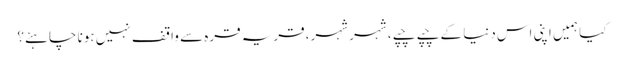
کیا ہمیں اپنی اس دنیا کے چپے چپے، شہر شہر، قریہ قرہ سے واقف نہیں ہونا چاہئے؟